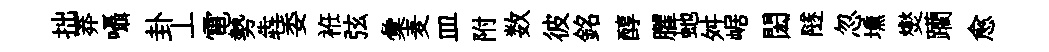
拙莽囁卦丄電勢犇委袵弦彙麦皿附数彼銘醇臞虵舛崌閎隧忽壎爕躪愈